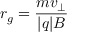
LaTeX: r _ { g } = { \frac { m v _ { \perp } } { | q | B } }